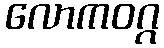
လောကဝဂ္ဂ